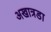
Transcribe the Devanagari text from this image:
अखात्रडा